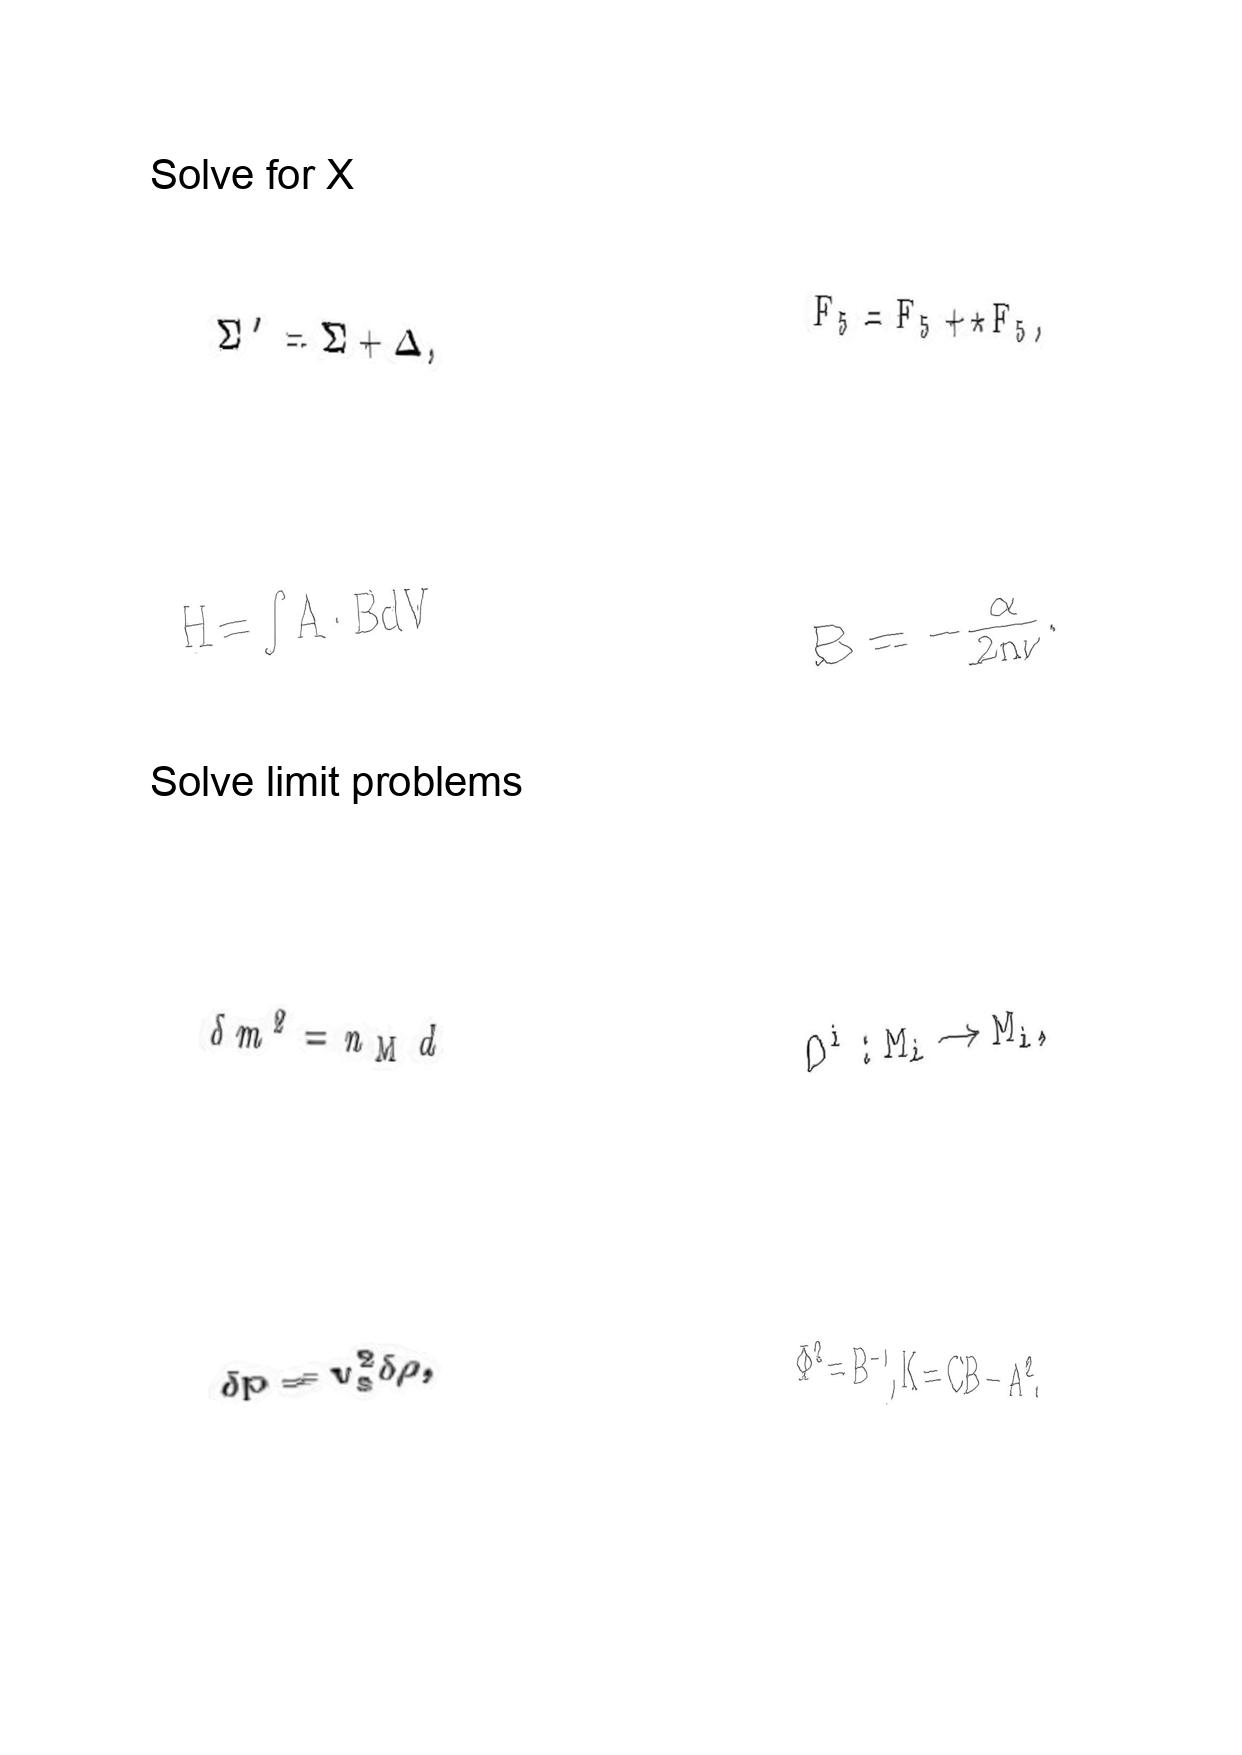
LaTeX transcription:
\Sigma ^ { \prime } = \Sigma + \Delta ,
H = \int A \cdot B d V
\delta m ^ { 2 } = n _ { \mathrm { M } } d
\delta p = v _ { s } ^ { 2 } \delta \rho ,
F _ { 5 } = F _ { 5 } + \star F _ { 5 } ,
B = - \frac { \alpha } { 2 n \nu } .
O ^ { i } : M _ { i } \rightarrow M _ { i } ,
\Phi ^ { 2 } = B ^ { - 1 } , K = C B - A ^ { 2 } .